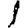
Digit: 1